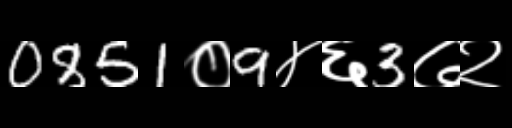
Text: 0851०9४६3७२